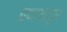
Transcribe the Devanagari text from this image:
प्रणयातून